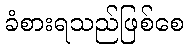
ခံစားရသည်ဖြစ်စေ